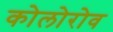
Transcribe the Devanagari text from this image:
कोलोरोव